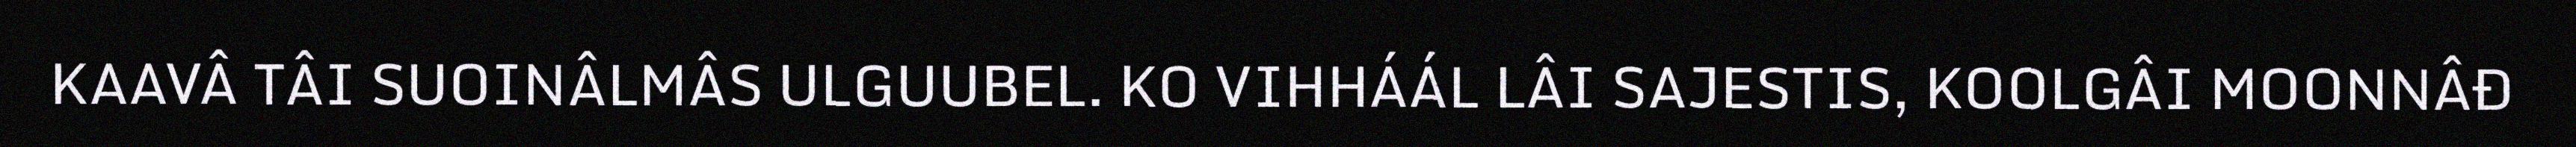
KAAVÂ TÂI SUOINÂLMÂS ULGUUBEL. KO VIHHÁÁL LÂI SAJESTIS, KOOLGÂI MOONNÂĐ